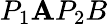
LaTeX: P_{1}\mathbf{A}P_{2}B